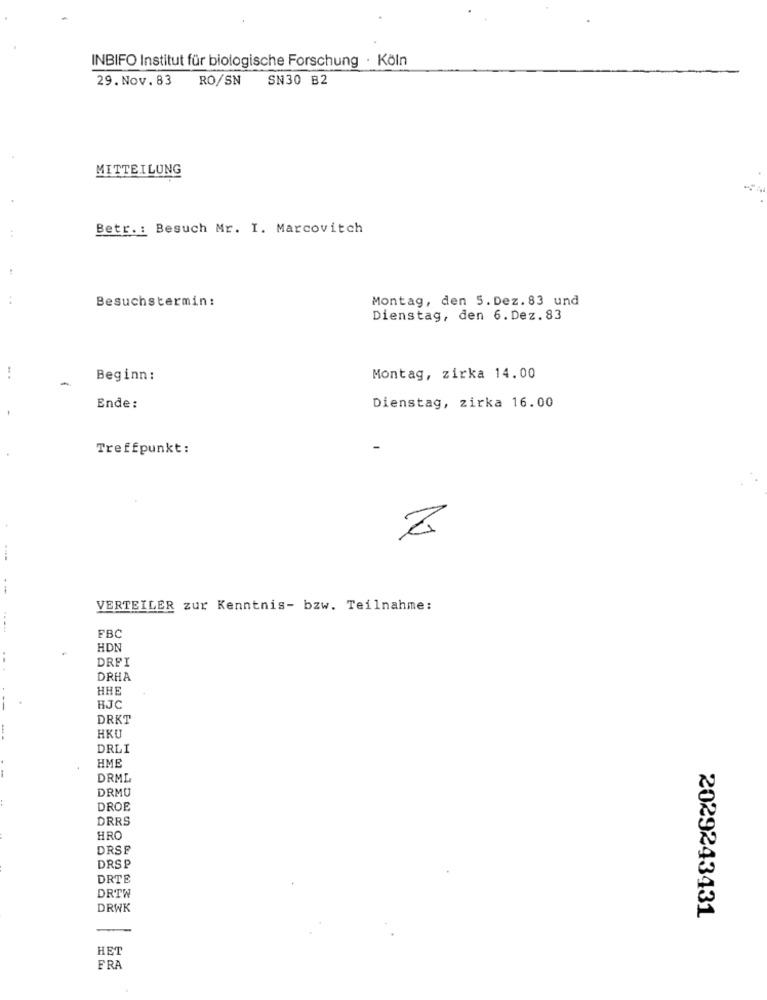
INBIFO Institut für biologische Forschung · Köln
29. Nov. 83 RO/SN
SN30 B2
MITTEILUNG
Betr .: Besuch Mr. I. Marcovitch
Besuchstermin:
Montag, den 5.Dez.83 und
Dienstag, den 6.Dez.83
-
Beginn :
Montag, zirka 14.00
Ende:
Dienstag, zirka 16.00
Treffpunkt:
.-
VERTEILER zur Kenntnis- bzw. Teilnahme:
FBC
HDN
DREI
DRHA
HHE
HJC
DRKT
HKU
DRLI
HME
DRML
DRMU
DROE
DRRS
HRO
DRSE
DRSP
DRTE
DRTW
DRWK
2029243431
HET
FRA